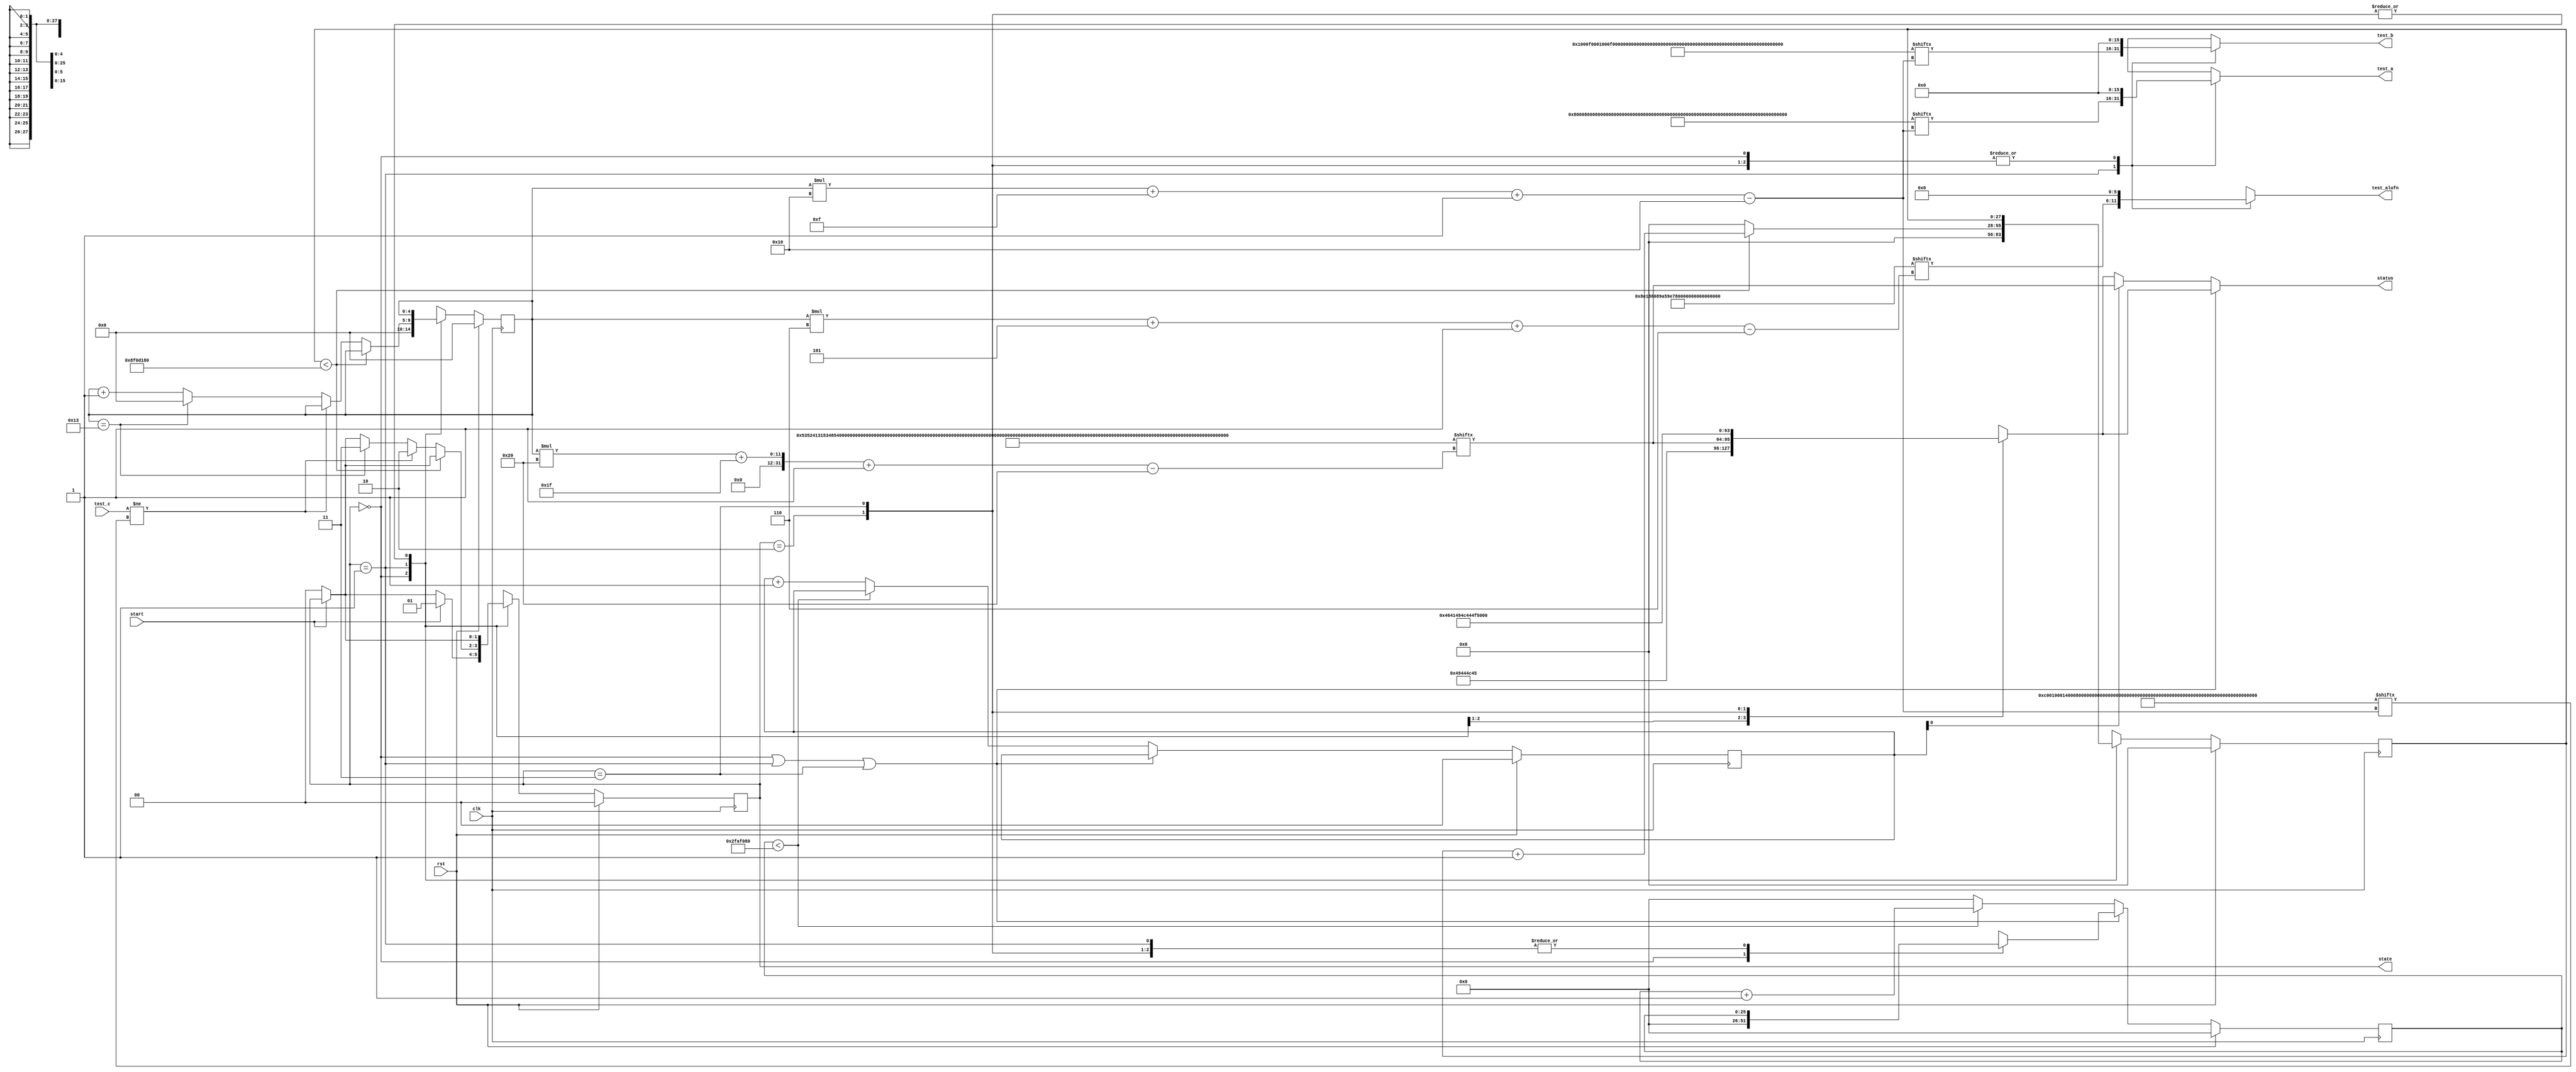
module basic_tester_21 (
    input clk,
    input rst,
    input start,
    input [15:0] test_c,
    output reg [15:0] test_a,
    output reg [15:0] test_b,
    output reg [5:0] test_alufn,
    output reg [1:0] state,
    output reg [31:0] status
  );
  
  localparam NUM_TEST_CASES = 5'h14;
  localparam TEST_NAME = 640'h53524131534852325348523153484c3253484c3120204132584f5232204f5232204f5231414e4431204c4531204c5432204c543120455132204551314e4e554c53554232535542314144443241444431;
  localparam TEST_A = 320'h800080008000000100010101d524ffff88804789000b001f000b001f000b041affff0001ffff0001;
  localparam TEST_B = 320'h0001000f0001000f00017397ffe7200a99491a0e001f000b001f000b001f07d0ffff0001ffff0001;
  localparam TEST_ALUFN = 120'h8e186089a59e799df5d73c82041010;
  localparam TEST_C = 320'hc001000140008000000201002ac3ffff99c90208000000000001000000000b2100000000fffe0002;
  localparam BYPASS_FAIL = 1'h0;
  localparam NUM_TEST_SECS = 2'h3;
  localparam NUM_FAIL_SECS = 1'h1;
  localparam NUM_FAIL_BLINKS = 2'h2;
  
  
  localparam NUM_TEST_TIMER_CYCLES = 28'h8f0d180;
  
  localparam NUM_FAIL_TIMER_CYCLES = 26'h2faf080;
  
  reg [31:0] next_status;
  
  reg [27:0] M_display_test_timer_d, M_display_test_timer_q = 1'h0;
  reg [25:0] M_display_fail_timer_d, M_display_fail_timer_q = 1'h0;
  reg [1:0] M_fail_blink_ctr_d, M_fail_blink_ctr_q = 1'h0;
  reg [4:0] M_tester_ctr_d, M_tester_ctr_q = 1'h0;
  localparam IDLE_tester_state = 2'd0;
  localparam TEST_tester_state = 2'd1;
  localparam FAIL_tester_state = 2'd2;
  localparam DONE_tester_state = 2'd3;
  
  reg [1:0] M_tester_state_d, M_tester_state_q = IDLE_tester_state;
  
  always @* begin
    M_tester_state_d = M_tester_state_q;
    M_display_fail_timer_d = M_display_fail_timer_q;
    M_display_test_timer_d = M_display_test_timer_q;
    M_fail_blink_ctr_d = M_fail_blink_ctr_q;
    M_tester_ctr_d = M_tester_ctr_q;
    
    status = 32'h00000000;
    test_a = 1'h0;
    test_b = 1'h0;
    test_alufn = 1'h0;
    if (!start) begin
      M_tester_state_d = IDLE_tester_state;
    end
    state = M_tester_state_q;
    next_status = 32'h4e554c4c;
    
    case (M_tester_state_q)
      IDLE_tester_state: begin
        M_display_test_timer_d = 1'h0;
        M_display_fail_timer_d = 1'h0;
        M_tester_ctr_d = 1'h0;
        next_status = 32'h49444c45;
        if (start) begin
          M_tester_state_d = TEST_tester_state;
        end
      end
      TEST_tester_state: begin
        next_status = TEST_NAME[(M_tester_ctr_q)*32+31-:32];
        test_a = TEST_A[(M_tester_ctr_q)*16+15-:16];
        test_b = TEST_B[(M_tester_ctr_q)*16+15-:16];
        test_alufn = TEST_ALUFN[(M_tester_ctr_q)*6+5-:6];
        if (M_display_test_timer_q < 28'h8f0d180) begin
          M_display_test_timer_d = M_display_test_timer_q + 1'h1;
        end else begin
          M_display_test_timer_d = 1'h0;
          if (test_c != TEST_C[(M_tester_ctr_q)*16+15-:16]) begin
            M_tester_state_d = FAIL_tester_state;
          end else begin
            if (M_tester_ctr_q == 6'h13) begin
              M_tester_state_d = DONE_tester_state;
              M_tester_ctr_d = 1'h0;
            end else begin
              M_tester_ctr_d = M_tester_ctr_q + 1'h1;
            end
          end
        end
      end
      FAIL_tester_state: begin
        next_status = 32'h4641494c;
      end
      DONE_tester_state: begin
        next_status = 32'h444f4e45;
      end
    endcase
    if (M_tester_state_q == IDLE_tester_state | M_tester_state_q == TEST_tester_state | M_tester_state_q == DONE_tester_state) begin
      status = next_status;
    end else begin
      if (~M_fail_blink_ctr_q[0+0-:1]) begin
        status = next_status;
      end else begin
        status = TEST_NAME[(M_tester_ctr_q)*32+31-:32];
      end
      if (M_display_fail_timer_q < 26'h2faf080) begin
        M_display_fail_timer_d = M_display_fail_timer_q + 1'h1;
      end else begin
        M_display_fail_timer_d = 1'h0;
        if (1'h1) begin
          M_fail_blink_ctr_d = M_fail_blink_ctr_q + 1'h1;
        end else begin
          if (M_fail_blink_ctr_q < 5'h03) begin
            M_fail_blink_ctr_d = M_fail_blink_ctr_q + 1'h1;
          end else begin
            M_fail_blink_ctr_d = 1'h0;
            if (M_tester_ctr_q < 6'h13) begin
              M_tester_state_d = TEST_tester_state;
              M_tester_ctr_d = M_tester_ctr_q + 1'h1;
            end else begin
              M_tester_state_d = DONE_tester_state;
              M_tester_ctr_d = 1'h0;
            end
          end
        end
      end
    end
  end
  
  always @(posedge clk) begin
    if (rst == 1'b1) begin
      M_display_test_timer_q <= 1'h0;
      M_display_fail_timer_q <= 1'h0;
      M_fail_blink_ctr_q <= 1'h0;
      M_tester_ctr_q <= 1'h0;
      M_tester_state_q <= 1'h0;
    end else begin
      M_display_test_timer_q <= M_display_test_timer_d;
      M_display_fail_timer_q <= M_display_fail_timer_d;
      M_fail_blink_ctr_q <= M_fail_blink_ctr_d;
      M_tester_ctr_q <= M_tester_ctr_d;
      M_tester_state_q <= M_tester_state_d;
    end
  end
  
endmodule